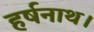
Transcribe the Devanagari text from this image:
हर्षनाथ।